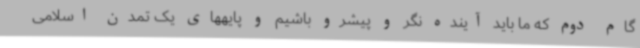
گام دوم که ما باید آینده نگر و پیشرو باشیم و پایههای یک تمدن اسلامی